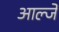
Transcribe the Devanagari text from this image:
आल्जे